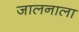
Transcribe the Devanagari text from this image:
जालनाला